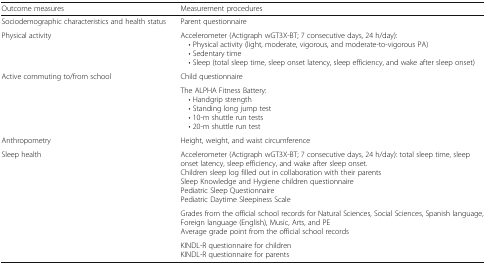
<table><thead><tr><td><b>Outcome measures</b></td><td><b>Measurement procedures</b></td></tr></thead><tbody><tr><td>Sociodemographic characteristics and health status</td><td>Parent questionnaire</td></tr><tr><td>Physical activity</td><td>Accelerometer (Actigraph wGT3X-BT; 7 consecutive days, 24 h/day): • Physical activity (light, moderate, vigorous, and moderate-to-vigorous PA) • Sedentary time • Sleep (total sleep time, sleep onset latency, sleep efficiency, and wake after sleep onset)</td></tr><tr><td>Active commuting to/from school</td><td>Child questionnaire</td></tr><tr><td>[EMPTY_CELL]</td><td>The ALPHA Fitness Battery: • Handgrip strength • Standing long jump test • 10-m shuttle run tests • 20-m shuttle run test</td></tr><tr><td>Anthropometry</td><td>Height, weight, and waist circumference</td></tr><tr><td>Sleep health</td><td>Accelerometer (Actigraph wGT3X-BT; 7 consecutive days, 24 h/day): total sleep time, sleep onset latency, sleep efficiency, and wake after sleep onset.Children sleep log filled out in collaboration with their parentsSleep Knowledge and Hygiene children questionnairePediatric Sleep QuestionnairePediatric Daytime Sleepiness Scale</td></tr><tr><td>[EMPTY_CELL]</td><td>Grades from the official school records for Natural Sciences, Social Sciences, Spanish language, Foreign language (English), Music, Arts, and PEAverage grade point from the official school records</td></tr><tr><td>[EMPTY_CELL]</td><td>KINDL-R questionnaire for childrenKINDL-R questionnaire for parents</td></tr></tbody></table>